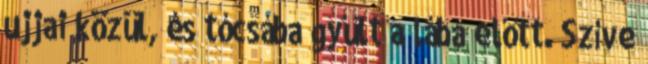
ujjai közül, és tócsába gyűlt a lába előtt. Szíve